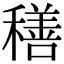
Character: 𮃬